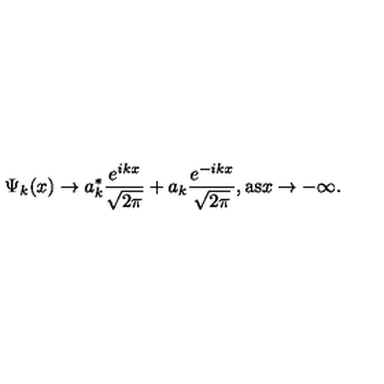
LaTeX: \Psi _ { k } ( x ) \rightarrow a _ { k } ^ { * } \frac { e ^ { i k x } } { \sqrt { 2 \pi } } + a _ { k } \frac { e ^ { - i k x } } { \sqrt { 2 \pi } } , \mathrm { a s } x \rightarrow - \infty .